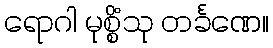
ရောဂါ မုစ္စိံသု တင်္ခဏေ။